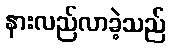
နားလည်လာခဲ့သည်